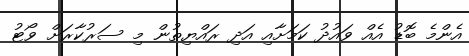
އެންމެ ބޮޑު އެއް ވައުދު ކަމަށާއި އަދި ރައްޔިތުން މި ސަރުކާރަށް ވޯޓު